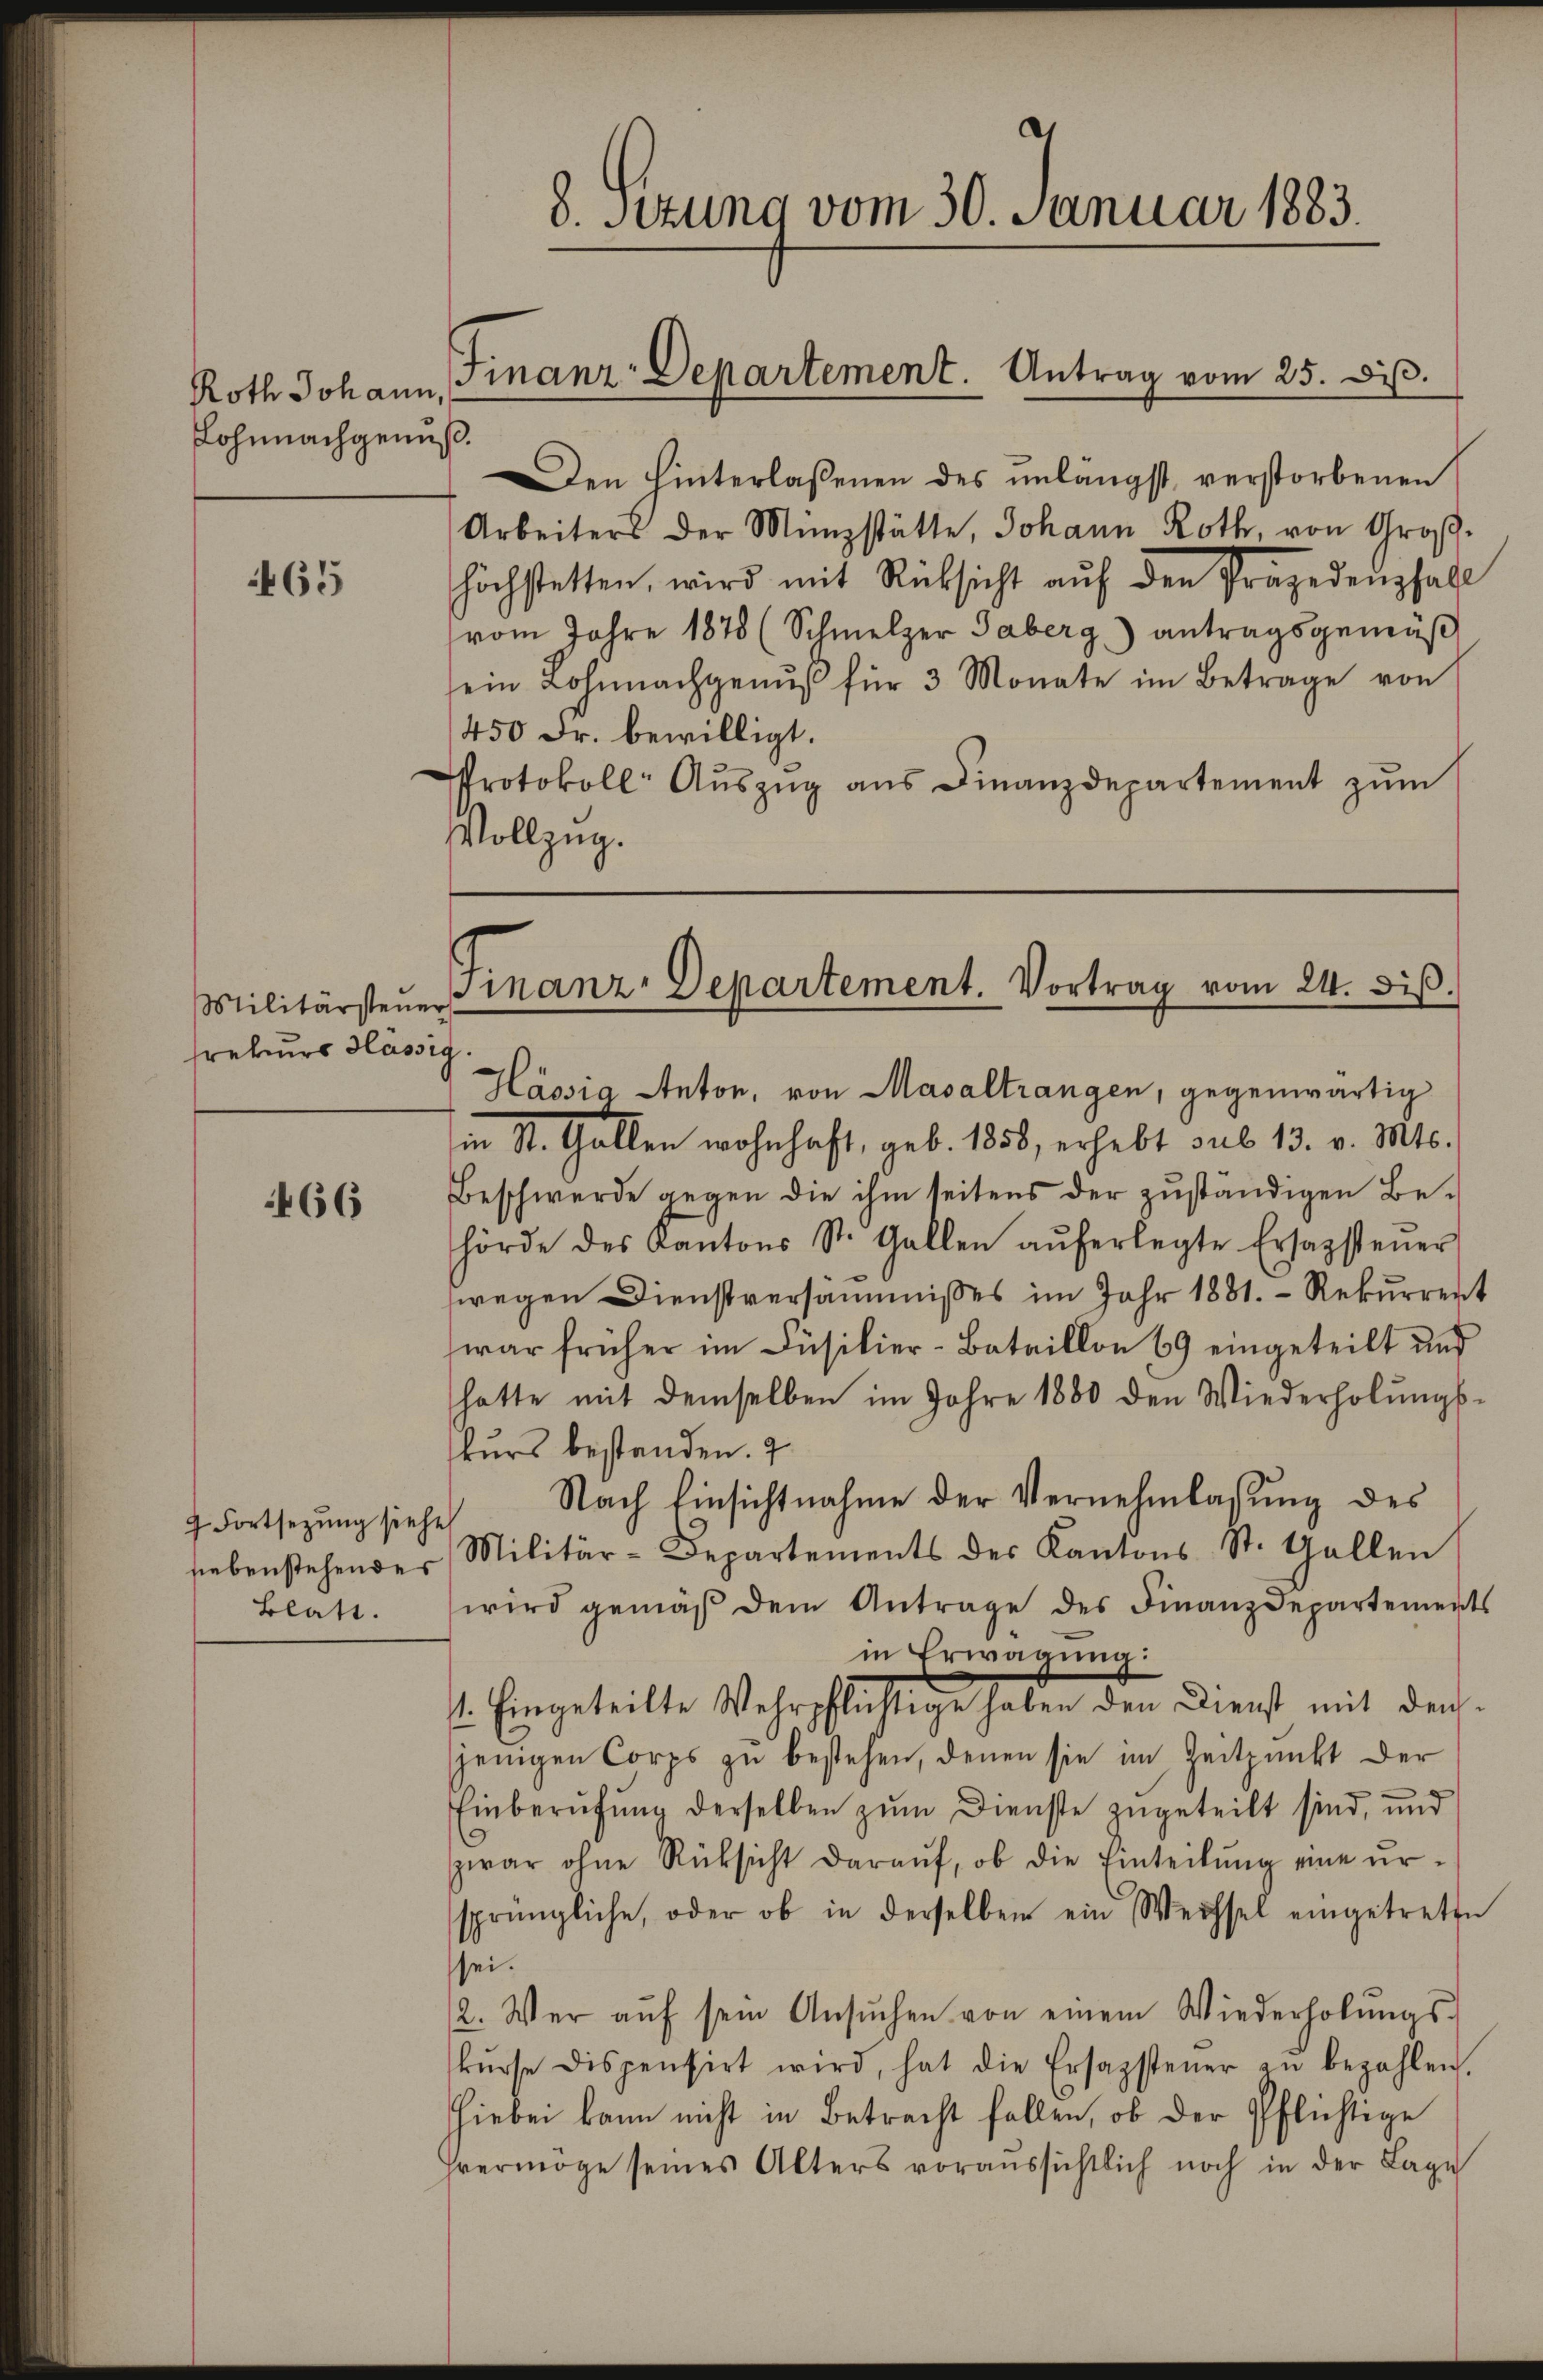
465

466

Roth Johann,
Lohnnachgenuß.

Militärsteuer
srekurs Hlässig

Den hinterlassenen des unlängst verstorbenen
Arbeiters der Münzstätte, Johann Roth von Großhöchstetten, wird mit Rücksicht aŭf den Präjedenfall
vom Jahre 1878 (Schmelzer Taberg) antragsgemäβ
sein Lohnnachgenŭβ für 3 Monate im Betrage von
450 Fr. bewilligt.
Protokoll Aŭszŭg aŭs Finanzdepartement zŭm
Vollzug.

Fortsetzung siehe
siebenstehendes
Blatt.

8. Setzung vom 30. Januar 1883.

Finanz-Departement. Antrag vom 25. d.

Finanz-Departement. Vortrag vom 24. diß.
Hássia Anton, von Masaltrangen, gegenwärtig

in St. Gallen wohnhaft, geb. 1858, erhebt sub 13. v. Mts.
Beschwerde gegen die ihm seitens der zuständigen Be-
hörde des Kantons St. Gallen aŭferlegte Ersagstener
wegen Dienstversammisses im Jahr 1881. Rekurrent
war früher im Füsilier-Bataillon 69 eingeteilt und
hatte mit demselben im Jahre 1880 den Wiederholungskurs bestanden.
Nach Einsichtnahme der Vernehmlassŭng des
Militär-Departements des Kantons St. Gallen
wird gemäβ dem Antrage des Finanzdepartements
in Erwägung:
1. Eingeteilte Wehrpflichtige haben den Dienst mit den
jenigen Corps zu bestehen, denen sie im Zeitpunkt der
Einberufung derselben zum Dienste zugeteilt sind, und
zwar ohne Rücksicht daraŭf, ob die Einteilŭng eine ŭr-
sprüngliche, oder ob in derselben ein Wechsel eingetrette
sei.
2. Wer aŭf sein Ansŭchen von einem Wiederholŭngs-
kŭrse dispensirt wird, hat die Ersazsteuer zu bezahlen
hiebei kann nicht in Betracht fallen, ob der Pflichtige
vermöge seines Alters voraussichtlich noch in der Lage